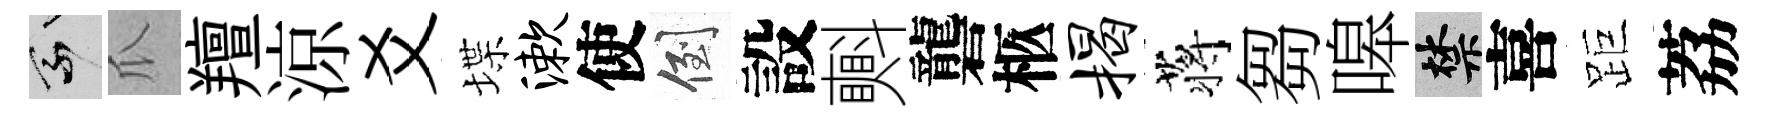
乘瓜羶涼爻堞漱使倒設㪺礱柩揭蒋芻嗥禁喜距荔